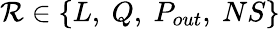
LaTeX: \mathcal{R}\in\{ L,~Q,~P_{out},~NS\}